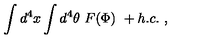
\int d ^ { 4 } x \int d ^ { 4 } \theta \ F ( \Phi ) \ + h . c . \ ,